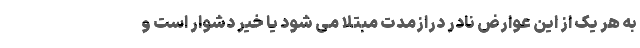
به هر یک از این عوارض نادر درازمدت مبتلا می شود یا خیر دشوار است و